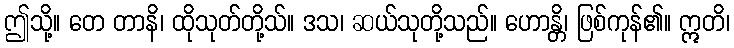
ဤသို့။ တေ တာနိ၊ ထိုသုတ်တို့သ်။ ဒသ၊ ဆယ်သုတို့သည်။ ဟောန္တိ၊ ဖြစ်ကုန်၏။ ဣတိ၊